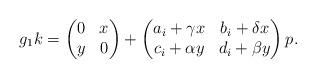
LaTeX: \begin{align*}g_1k = \begin{pmatrix} 0 & x \\ y & 0 \end{pmatrix} + \begin{pmatrix} a_i + \gamma x & b_i + \delta x \\ c_i + \alpha y & d_i + \beta y \end{pmatrix}p .\end{align*}